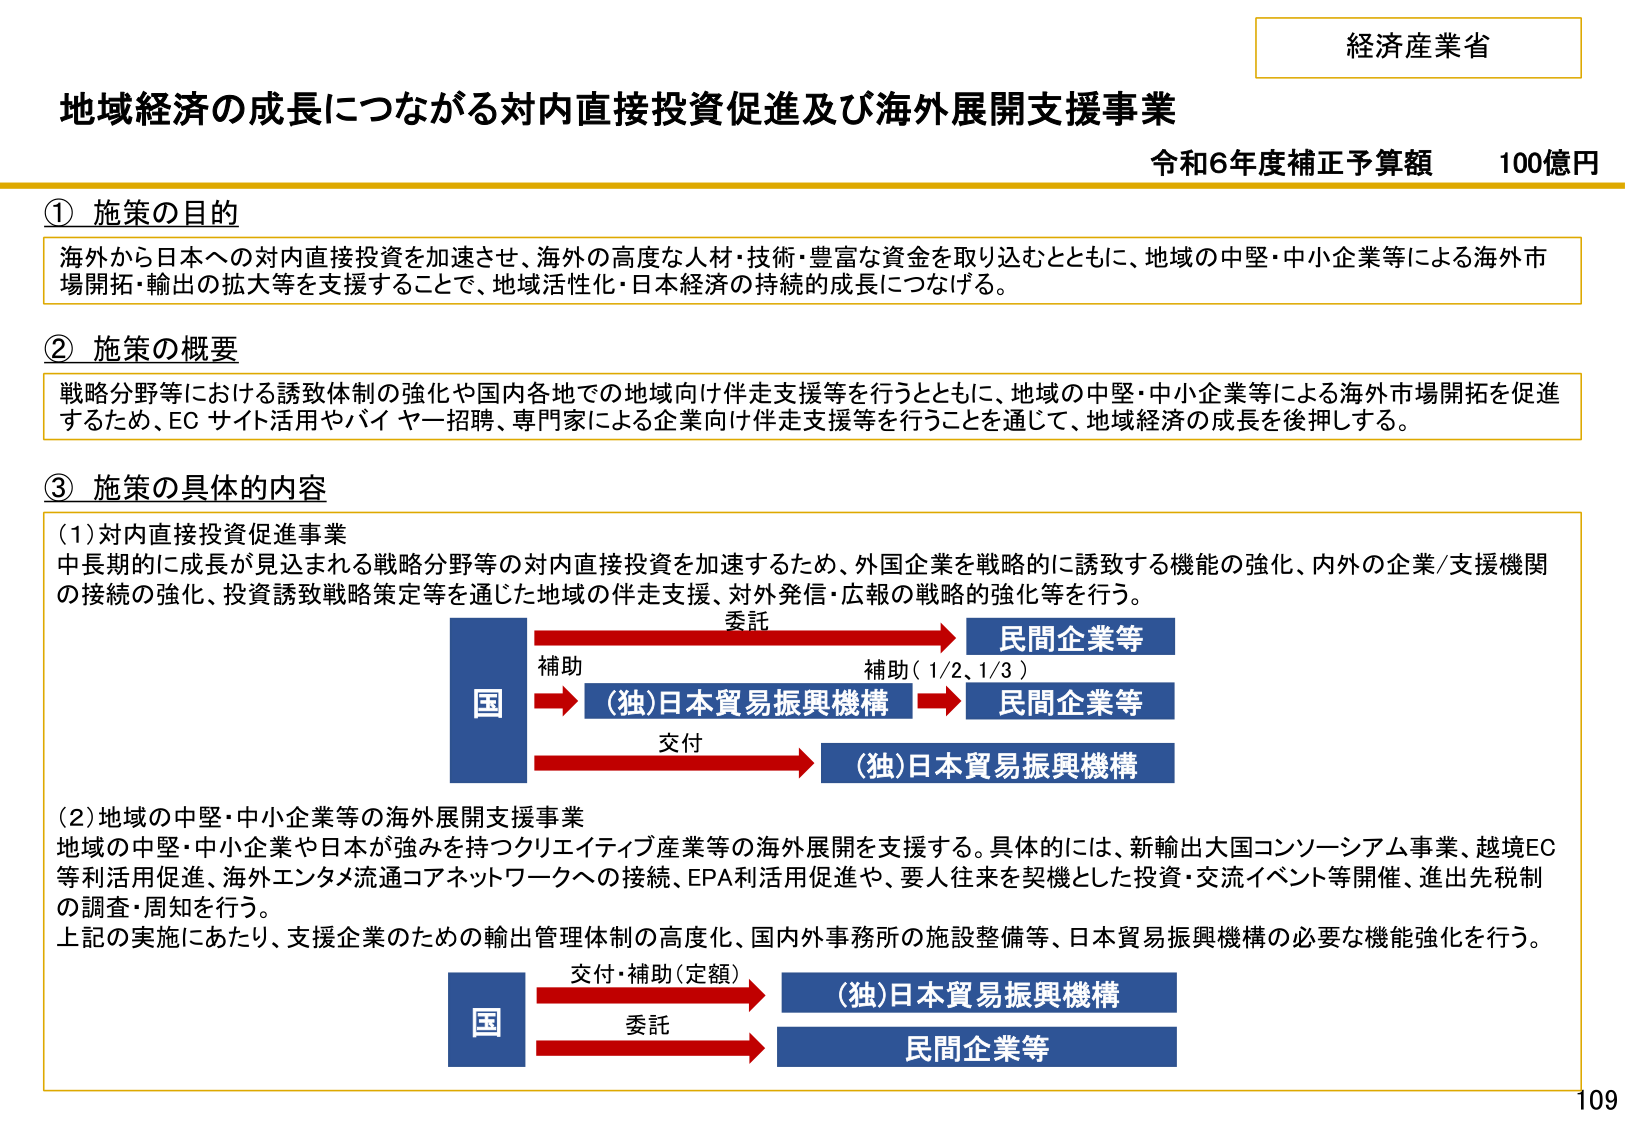
経済産業省
地域経済の成長につながる対内直接投資促進及び海外展開支援事業
令和6年度補正予算額 100億円

① 施策の目的
海外から日本への対内直接投資を加速させ、海外の高度な人材・技術・豊富な資金を取り込むとともに、地域の中堅・中小企業等による海外市場開拓・輸出の拡大等を支援することで、地域活性化・日本経済の持続的成長につなげる。

② 施策の概要
戦略分野等における誘致体制の強化や国内各地での地域向け伴走支援等を行うとともに、地域の中堅・中小企業等による海外市場開拓を促進するため、EC サイト活用やバイヤー招聘、専門家による企業向け伴走支援等を行うことを通じて、地域経済の成長を後押しする。

③ 施策の具体的内容
(1) 対内直接投資促進事業
中長期的に成長が見込まれる戦略分野等の対内直接投資を加速するため、外国企業を戦略的に誘致する機能の強化、内外の企業/支援機関の接続の強化、投資誘致戦略策定等を通じた地域の伴走支援、対外発信・広報の戦略的強化等を行う。

国 → 委託 → 民間企業等
国 → 補助 → (独)日本貿易振興機構 → 補助（1/2、1/3） → 民間企業等
国 → 交付 → (独)日本貿易振興機構

(2) 地域の中堅・中小企業等の海外展開支援事業
地域の中堅・中小企業や日本が強みを持つクリエイティブ産業等の海外展開を支援する。具体的には、新輸出大国コンソーシアム事業、越境EC等利活用促進、海外エンタメ流通コアネットワークへの接続、EPA利活用促進や、要人往来を契機とした投資・交流イベント等開催、進出先税制の調査・周知を行う。
上記の実施にあたり、支援企業のための輸出管理体制の高度化、国内外事務所の施設整備等、日本貿易振興機構の必要な機能強化を行う。

国 → 交付・補助（定額） → (独)日本貿易振興機構
国 → 委託 → 民間企業等

109